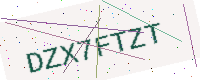
Text: DZX7FTZT